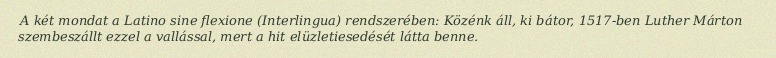
A két mondat a Latino sine flexione (Interlingua) rendszerében: Közénk áll, ki bátor, 1517-ben Luther Márton szembeszállt ezzel a vallással, mert a hit elüzletiesedését látta benne.